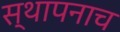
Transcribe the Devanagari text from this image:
स्थापनाच